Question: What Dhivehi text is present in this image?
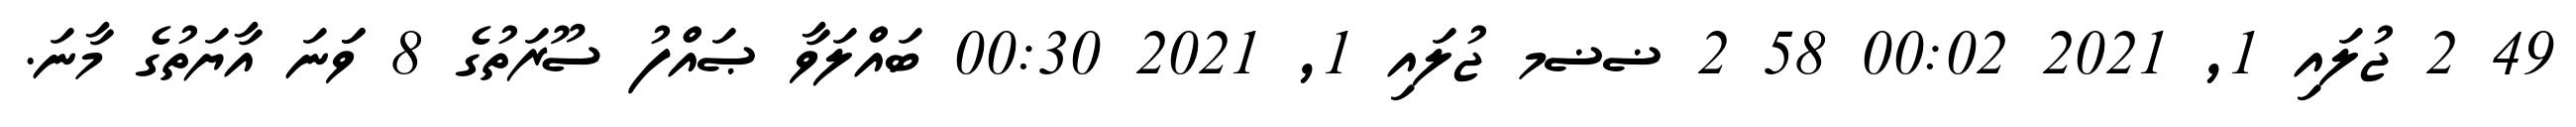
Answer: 49 2 ޖުލައި 1, 2021 00:02 58 2 ޟޟމ ޖުލައި 1, 2021 00:30 ބައްލަވާ ޞައްފު ސޫރަތުގެ 8 ވަަނަ އާޔަތުގެ މާނަ.